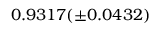
0 . 9 3 1 7 ( \pm 0 . 0 4 3 2 )